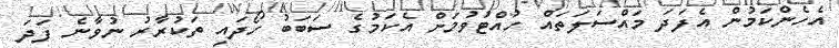
އެހެންކަމުން އެފަދަ މައްސަލަތައް ހުއްޓުވުމަށް އެކަމުގެ ސަބަބު ހޯދައި ތަކުރާރު ނުވާނެ ފަދަ